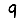
Digit: 9